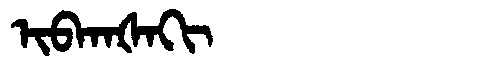
Manchu: ᡳᠪᡴᠠᡧᠠᡴᡳ
Romanization: IBKAŠAKI